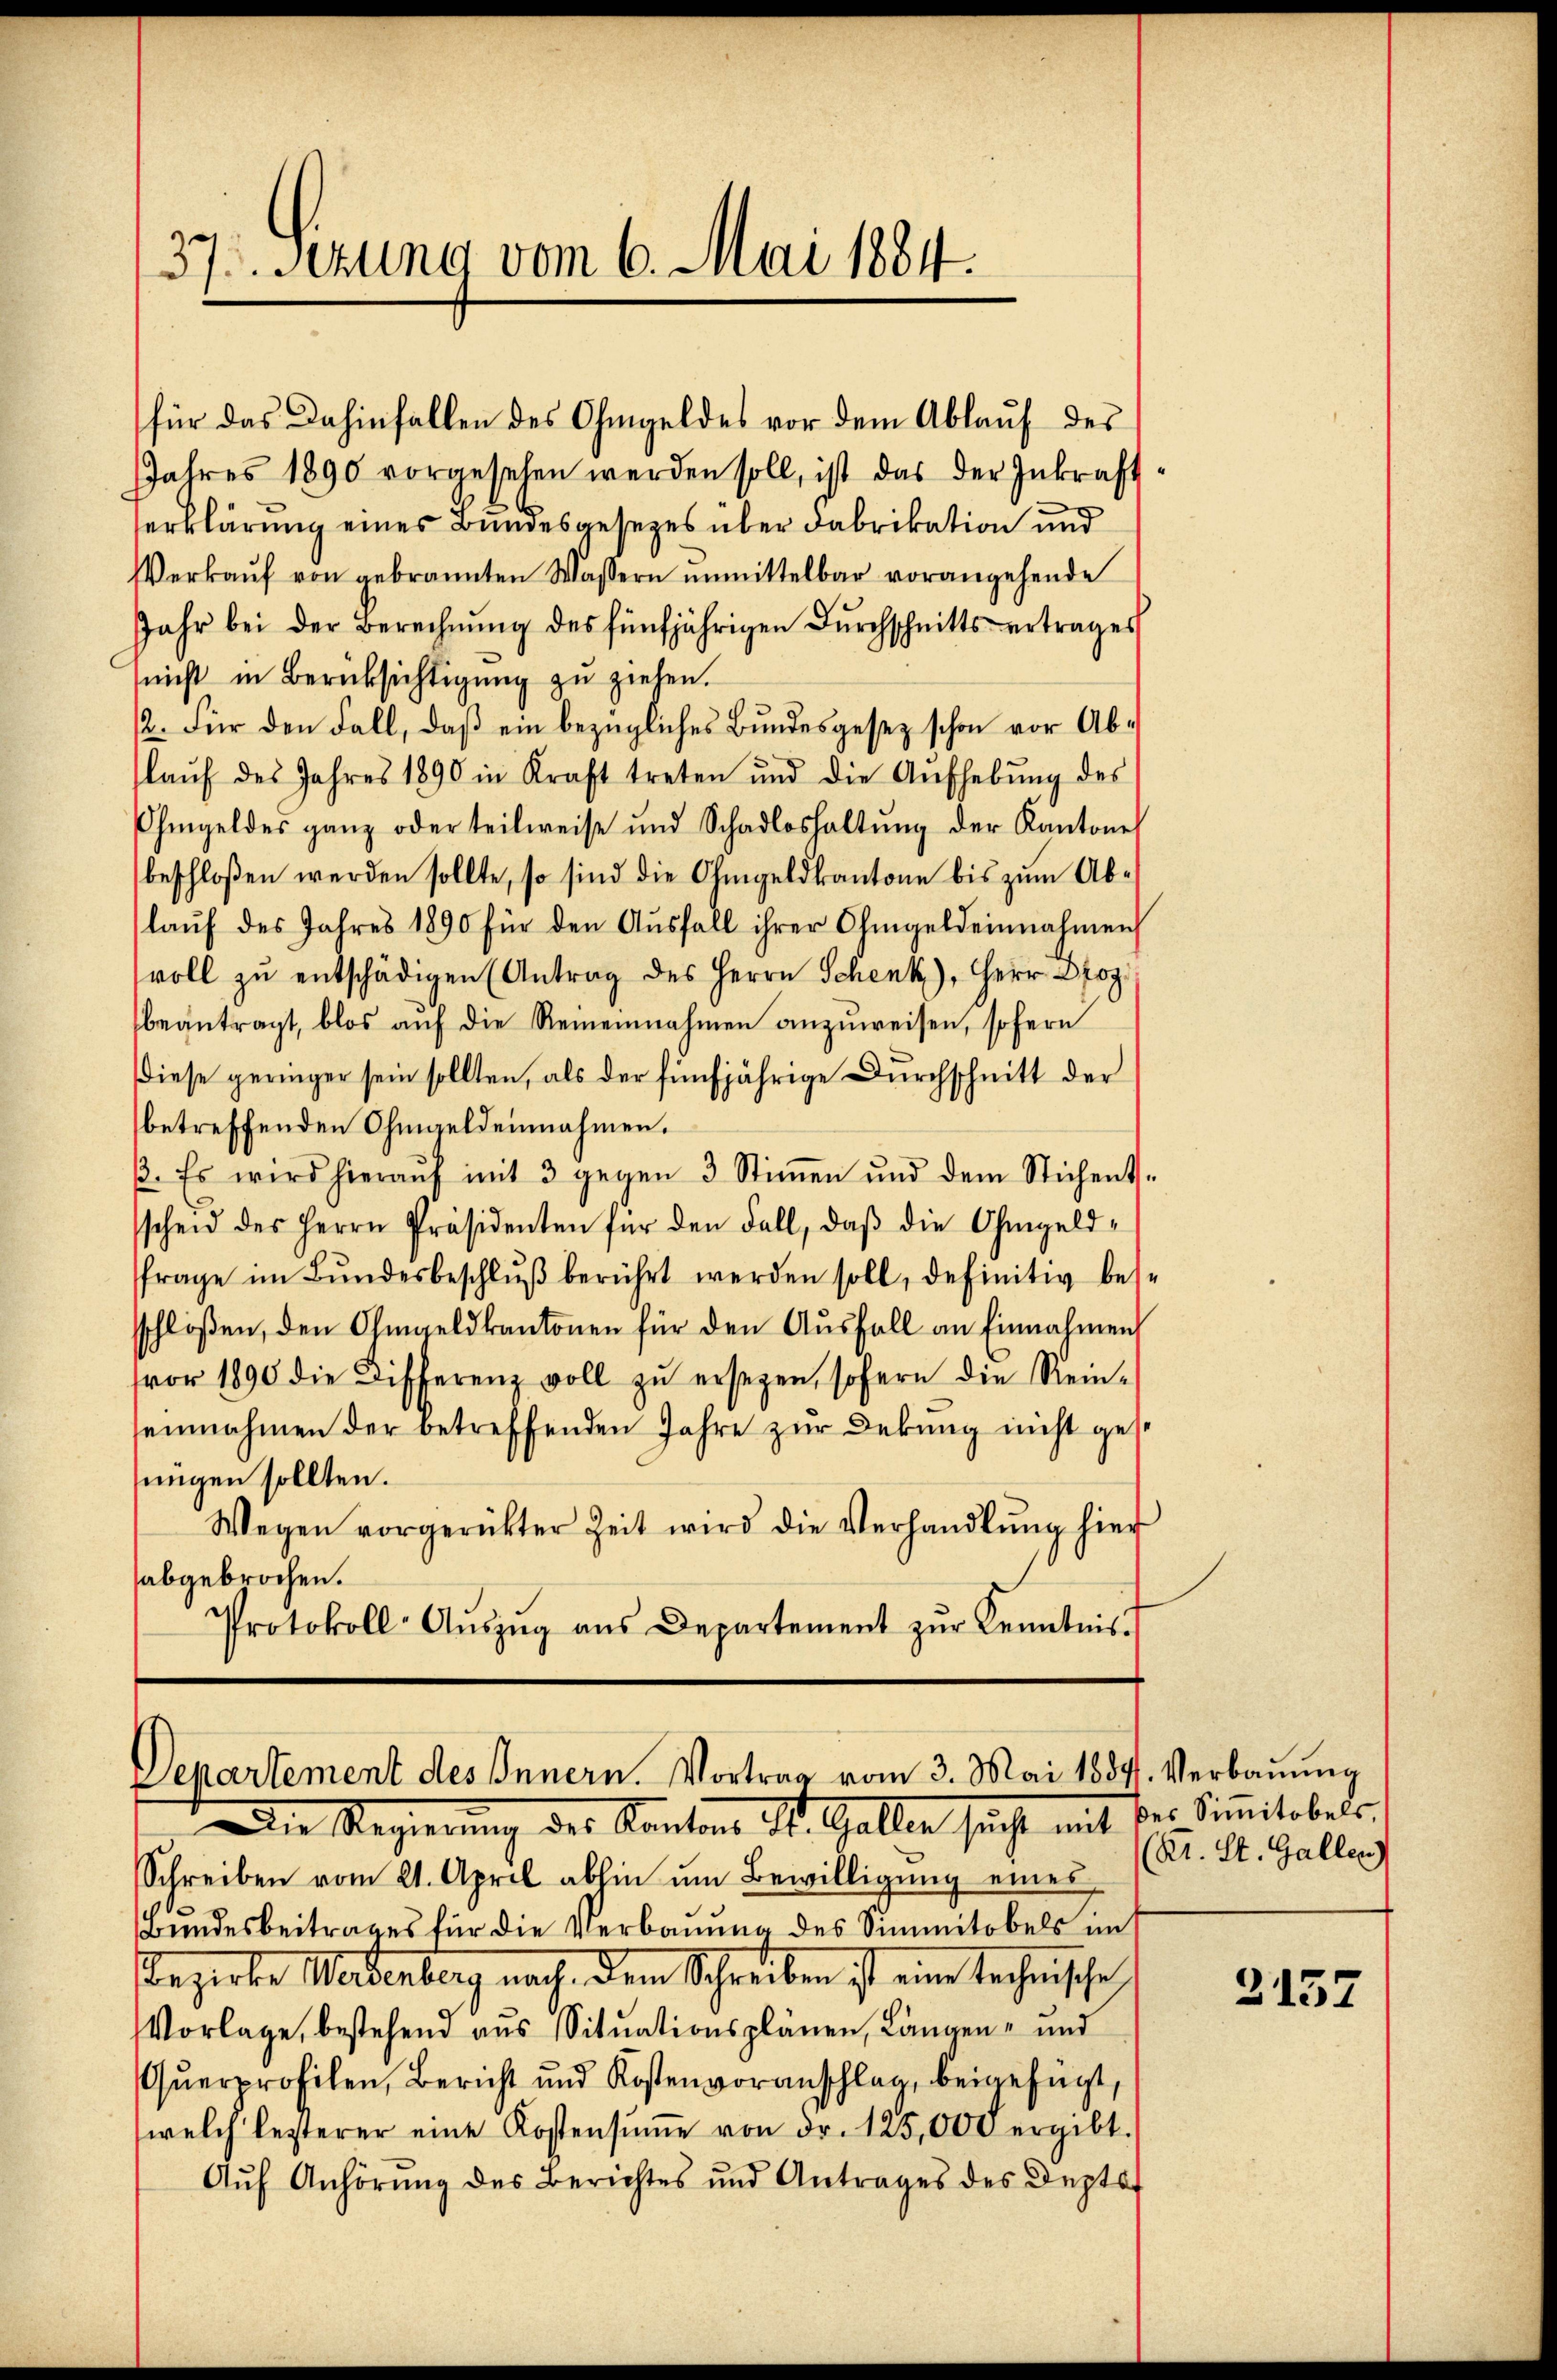
37. Sezung vom 6. Mai 1884.

Jahres 1890 vorgesehen werden soll, ist das der Inkraft-
erklärung eines Bundesgesezes über Fabrikation und
Verkaŭf von gebrannten Wassern ŭnmittelbar vorangehende
Jahr bei der Berechnŭng des fünfjährigen Dŭrchschnittsertrages
(nicht in Berücksichtigung zu ziehen.
2. Für den Fall, daß ein bezügliches Bundesgesez schon vor Ablaŭf des Jahres 1890 in Kraft treten und die Aŭfhebŭng des
hmgeldes ganz oder teilweise und Schadloshaltŭng der Kantone
beschloßen werden sollte, so sind die Ohmgeldkantone bis zŭm Ab-
laŭf des Jahres 1890 für den Aŭsfall ihrer Ohmgeldeinnahmen
voll zŭ entschädigen (Antrag des Herrn Schenk, Herr Dr
beantragt, blos aŭf die Reineinahmen anzŭweisen, sofern
Diese geringer sein sollten, als der fünfjährige Durchschnitt der
betreffenden Ohmgeldeinnahmen.
ß. Es wird hieraŭf mit 3 gegen 3 Stiṁen und dem Stichent-
scheid des Herrn Präsidenten für den Fall, daβ die Ohmgeld-
frage im Bŭndesbeschlŭβ berührt werden soll, definitiv bese
schloßen, den Ohmgeldkantonen für den Aŭsfall an Einnahmen
fvor 1890 die Differenz voll zŭ ersezen, sofern die Rein-
seinnahmen der betreffenden Jahre zur Dekung nicht gese
jungen sollten.
Wegen vorgerückter Zeit wird die Verhandlŭng hier
abgebrochen.
Protokoll-Aŭszŭg aŭs Departement zŭr Kenntnis.

für das Dahinfallen des Ohmgeldes vor dem Ablauf des

Departement des Innern. Vortrag vom 3. Mai 1887. Verbauung
Die Regierung des Kanton St. Gallen sicht mit

des Simitobels,
(Kt. St. Gallen

Schreiben vom 21. April abhin um Bewilligung eines
e
Bundesbeitrages für die Verbauung des Simmitobels im
Begerte Weidenberg nach, dem Schreiben ist eine technische
Vorlage, bestehend aus Situationsplänen, Längen- und
Qŭerprofilen, Bericht und Kostenvoranschlag, beigefügt,
welch lezterer eine Kostensŭṁe von dr. 125,000 ergibt.
Aŭf Anhörung des Berichtes und Antrages des Deptat

2157